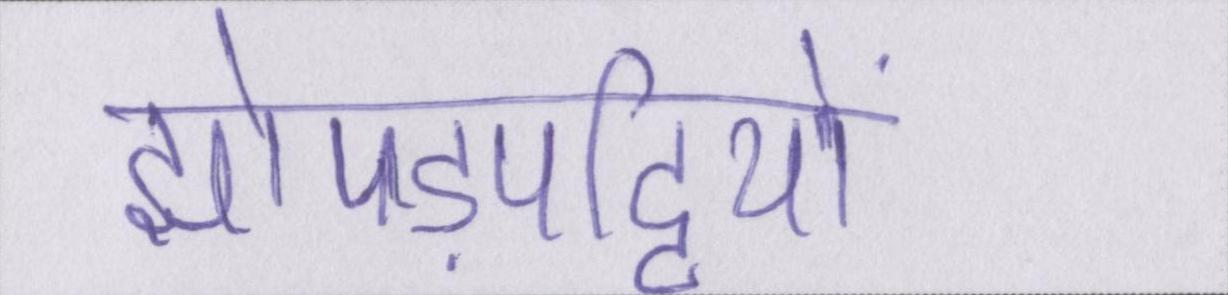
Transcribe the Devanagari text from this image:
झोपड़पट्टियों